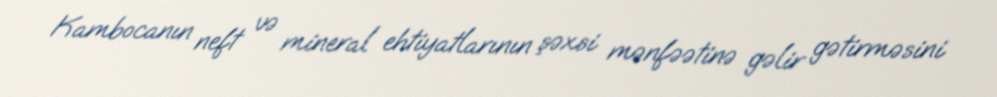
Kambocanın neft və mineral ehtiyatlarının şəxsi mənfəətinə gəlir gətirməsini